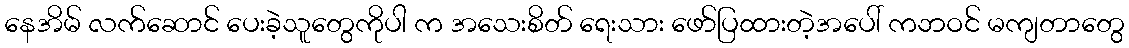
နေအိမ် လက်ဆောင် ပေးခဲ့သူတွေကိုပါ က အသေးစိတ် ရေးသား ဖော်ပြထားတဲ့အပေါ် ကဘဝင် မကျတာတွေ